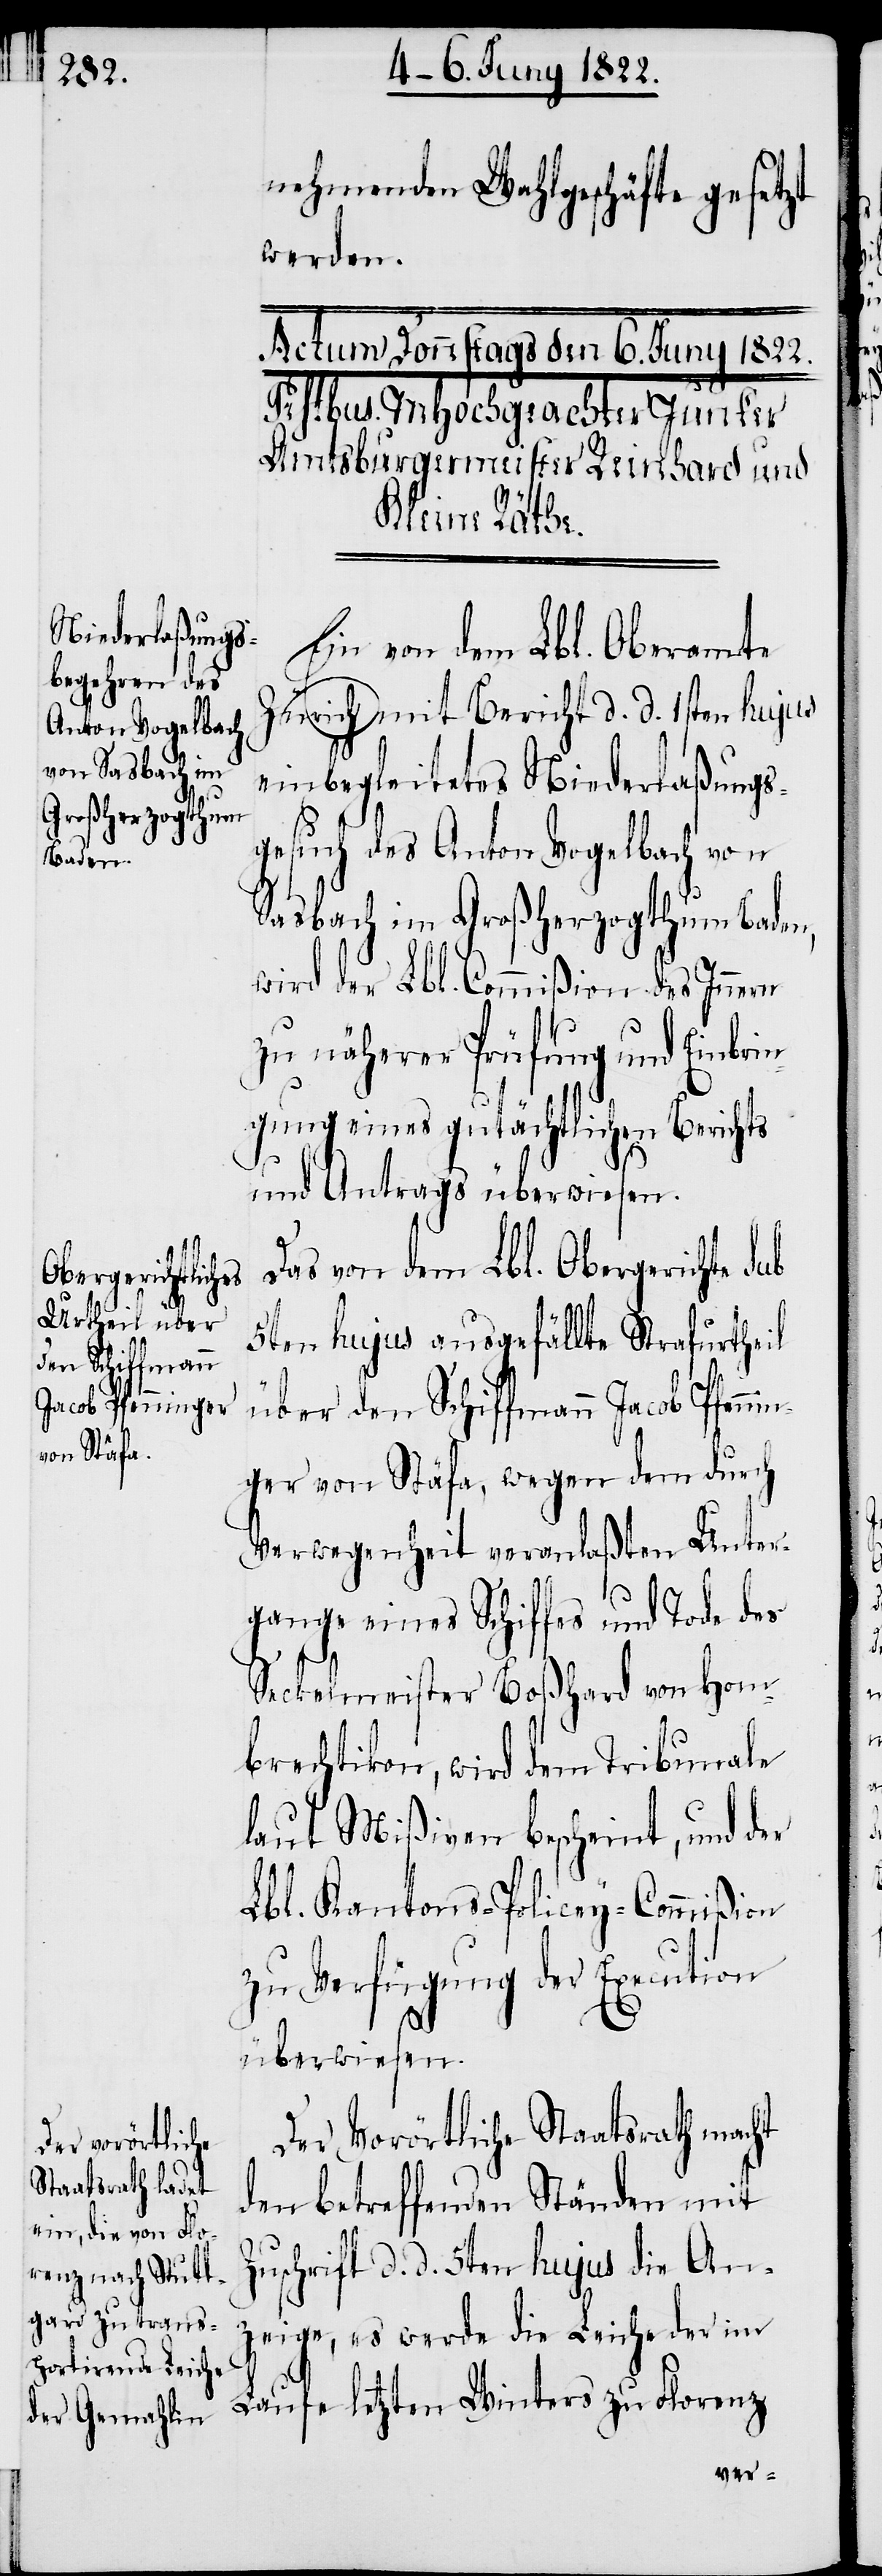
nehmenden Wahlgeschäfte gesetzt
werden.
Ein von dem Lbl. Oberamte
Zürich mit Bericht d. d. 1sten hujus
einbegleitetes Niederlaßungs¬
gesuch des Anton Vogelbach von
Sasbach im Großherzogthum Baden,
wird der Lbl. Commißion des Innern
zu näherer Prüfung und Einbri¬
ngung eines gutächtlichen Berichts
und Antrags überwiesen.
Das von dem Lbl. Obergerichte sub
5ten hujus ausgefällte Strafurtheil
über den Schiffmann Jacob Pfen¬
ger von Stäfa, wegen dem durch
Verwegenheit veranlaßten Unter¬
gange eines Schiffes und Tode des
Seckelmeister Boßhard von Hom¬
brechtikon, wird dem Tribunale
laut Mißiven bescheint, und der
Lbl. Kantons-Policey-Commißion
zu Verfügung der Execution
überwiesen.
Der Vorörtliche Staatsrath macht
den betreffenden Ständen mit
Zuschrift d. d. 5ten hujus die An¬
zeige, es werde die Leiche der im
Laufe letzten Winters zu Florenz
nin¬